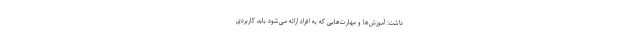
داشت: آموزش‌ها و مهارت‌هایی که به افراد ارائه می‌شود باید کاربردی